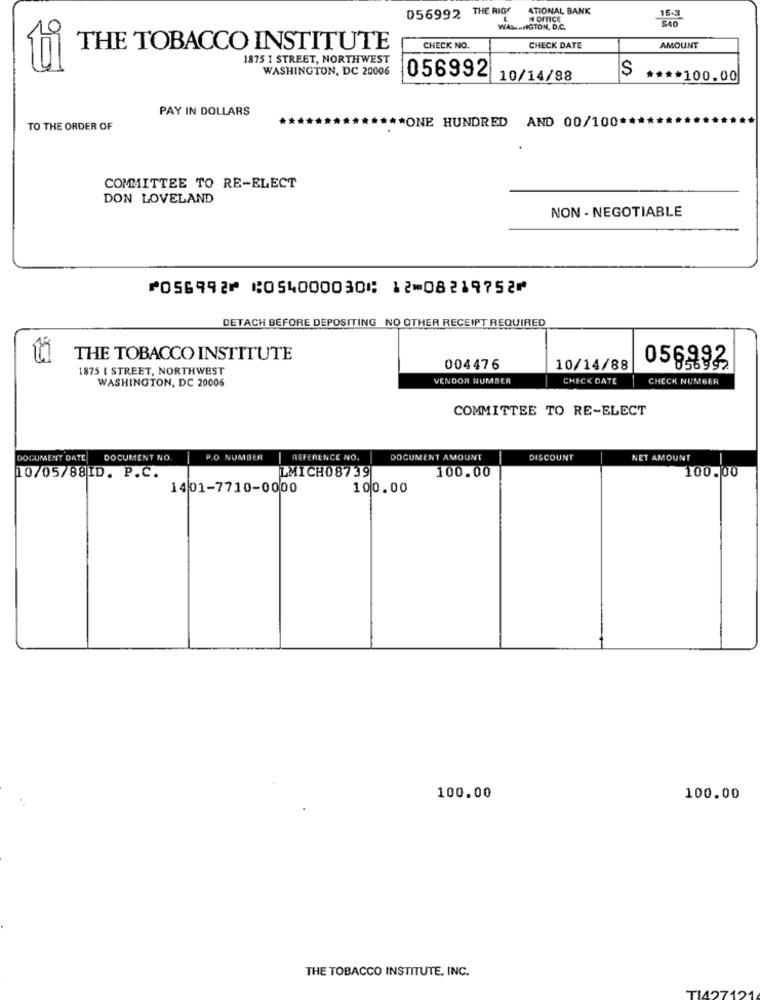
056992 THE RIGT
ATIONAL BANK
N OFFICE
15-3]
WASHINGTON, D.C.
THE TOBACCO INSTITUTE
CHECK NO.
CHECK DATE
AMOUNT
1875 I STREET, NORTHWEST
WASHINGTON, DC 20006
$
056992 10/14/88
**** 100.00
PAY IN DOLLARS
*ONE HUNDRED AND 00/100 ***
TO THE ORDER OF
COMMITTEE TO RE-ELECT
DON LOVELAND
NON- NEGOTIABLE
⑈056992⑈ ⑆054000030⑆ 12⑉08219752⑈
DETACH BEFORE DEPOSITING NO OTHER RECEIPT REQUIRED
THE TOBACCO INSTITUTE
1875 | STREET, NORTHWEST
004476
10/14/88
056992
WASHINGTON, DC 20006
VENDOR NUMBER
CHECK DATE
CHECK NUMBER
COMMITTEE TO RE-ELECT
DOCUMENT DATE
DOCUMENT NO
P.O. NUMBER
REFERENCE NO.
DOCUMENT AMOUNT
DISCOUNT
NET AMOUNT
10/05/88ID. P.C.
LMICH08739
100.00
100.00
1401-7710-0000
100.00
100.00
100.00
THE TOBACCO INSTITUTE, INC.
TI427121